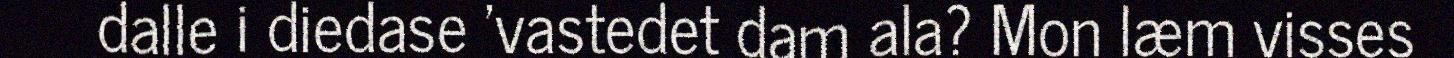
dalle i diedase 'vastedet dam ala? Mon læm visses